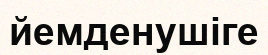
йемденушіге